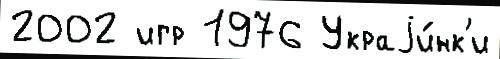
2002 игр 1976 Украjи́нк'и